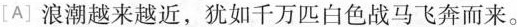
[A]浪潮越来越近，犹如千万匹白色战马飞奔而来。